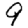
Digit: 9